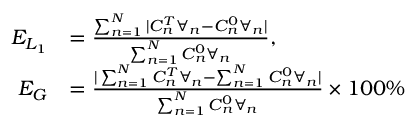
\begin{array} { r l } { E _ { L _ { 1 } } } & { = \frac { \sum _ { n = 1 } ^ { N } | C _ { n } ^ { T } \forall _ { n } - C _ { n } ^ { 0 } \forall _ { n } | } { \sum _ { n = 1 } ^ { N } C _ { n } ^ { 0 } \forall _ { n } } , } \\ { E _ { G } } & { = \frac { | \sum _ { n = 1 } ^ { N } C _ { n } ^ { T } \forall _ { n } - \sum _ { n = 1 } ^ { N } C _ { n } ^ { 0 } \forall _ { n } | } { \sum _ { n = 1 } ^ { N } C _ { n } ^ { 0 } \forall _ { n } } \times 1 0 0 \% } \end{array}